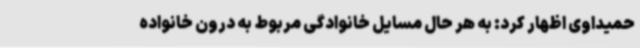
حمیداوی اظهار کرد: به هر حال مسایل خانوادگی مربوط به درون خانواده